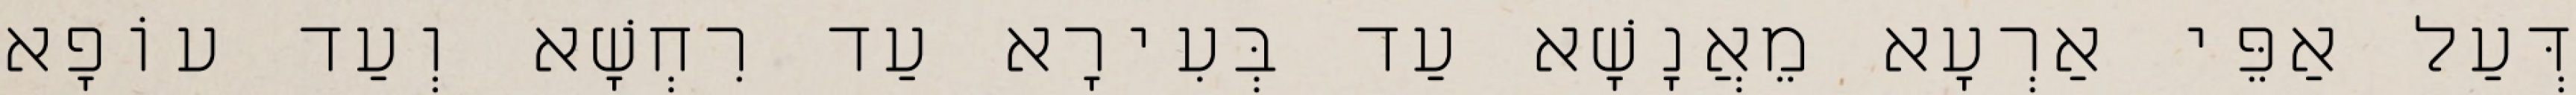
דְּעַל אַפֵּי אַרְעָא מֵאֲנָשָׁא עַד בְּעִירָא עַד רִחְשָׁא וְעַד עוֹפָא